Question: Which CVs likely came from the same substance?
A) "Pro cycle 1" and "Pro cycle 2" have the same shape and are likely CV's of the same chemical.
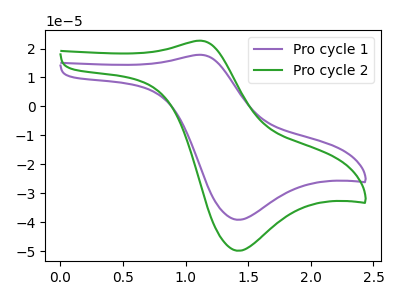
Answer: <think>The purple curve "Pro cycle 1" has an anodic peak at (1.10V, 17.85uA) and a cathodic peak at (1.40V, -39.15uA). The green curve "Pro cycle 2" has an anodic peak at (1.10V, 22.70uA) and a cathodic peak at (1.40V, -49.85uA).
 All the peaks in "Pro cycle 1" have a peak in "Pro cycle 2" at the same potential. Every peak in "Pro cycle 1" is lower than every peak in "Pro cycle 2".</think>
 <answer>A) "Pro cycle 1" and "Pro cycle 2" have the same shape and are likely CV's of the same chemical.</answer>
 <eval>A</eval>